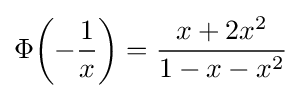
\Phi \!\left(-{\frac {1}{x}}\right)={\frac {x+2x^{2}}{1-x-x^{2}}}